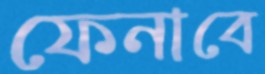
ফেনাবে